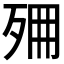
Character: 𣧺